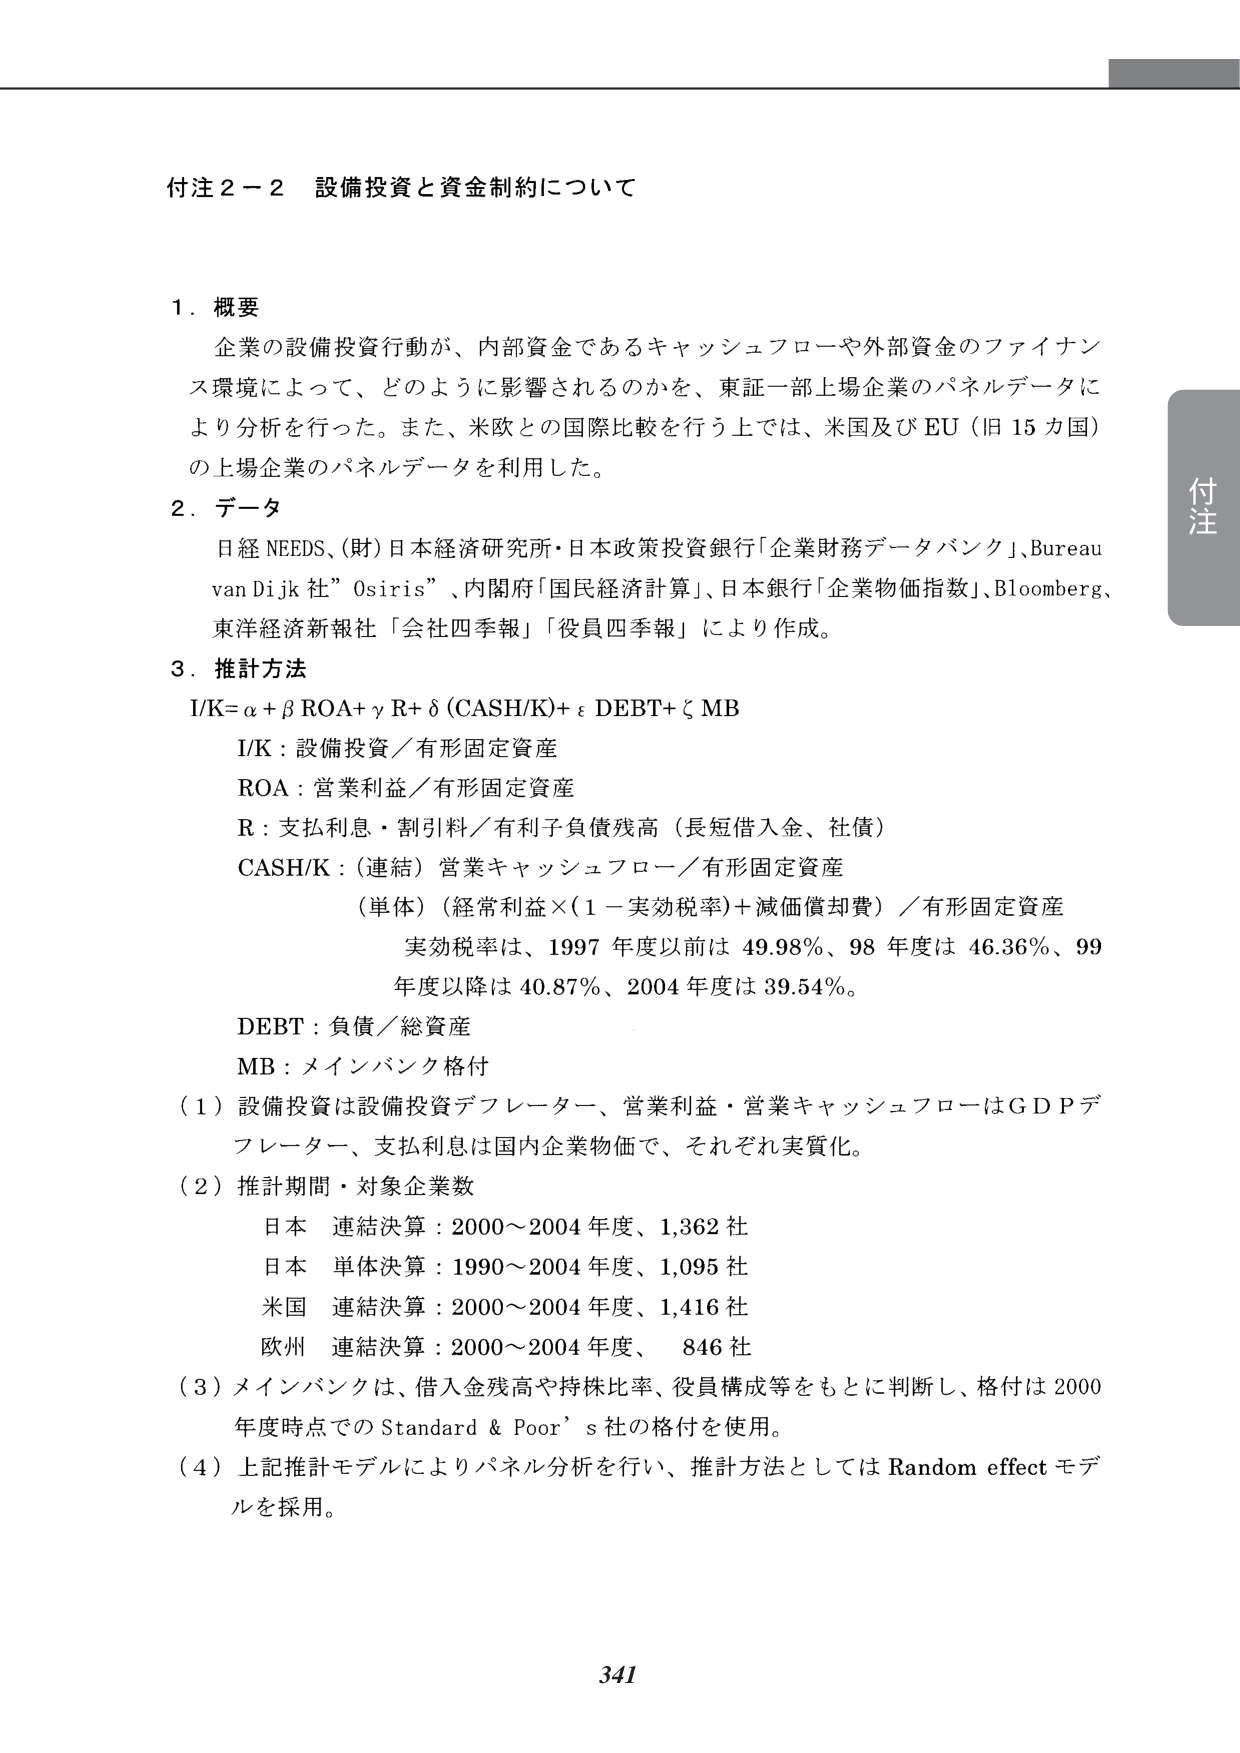
付注２－２ 設備投資と資金制約について

１．概要
企業の設備投資行動が、内部資金であるキャッシュフローや外部資金のファイナンス環境によって、どのように影響されるのかを、東証一部上場企業のパネルデータにより分析を行った。また、米欧との国際比較を行う上では、米国及び EU（旧 15 国）の上場企業のパネルデータを利用した。

２．データ
日経 NEEDS、（財）日本経済研究所・日本政策投資銀行「企業財務データバンク」、Bureau van Dijk 社” Osiris” 、内閣府「国民経済計算」、日本銀行「企業物価指数」、Bloomberg、東洋経済新報社「会社四季報」「役員四季報」により作成。

３．推計方法
I/K=α + β ROA+ γ R+ δ (CASH/K)+ ε DEBT+ ζ MB
I/K：設備投資／有形固定資産
ROA：営業利益／有形固定資産
R：支払利息・割引料／有利子負債残高（長短借入金、社債）
CASH/K：（連結）営業キャッシュフロー／有形固定資産
（単体）（経常利益×(1－実効税率)＋減価償却費）／有形固定資産
実効税率は、1997 年度以前は 49.98％、98 年度は 46.36％、99 年度以降は 40.87％、2004 年度は 39.54％。
DEBT：負債／総資産
MB：メインバンク格付

（１）設備投資は設備投資デフレーター、営業利益・営業キャッシュフローはＧＤＰデフレーター、支払利息は国内企業物価で、それぞれ実質化。

（２）推計期間・対象企業数
日本 連結決算：2000～2004 年度、1,362 社
日本 単体決算：1990～2004 年度、1,095 社
米国 連結決算：2000～2004 年度、1,416 社
欧州 連結決算：2000～2004 年度、 846 社

（３）メインバンクは、借入金残高や持株比率、役員構成等をもとに判断し、格付は 2000 年度時点での Standard & Poor’s 社の格付を使用。

（４）上記推計モデルによりパネル分析を行い、推計方法としては Random effect モデルを採用。

341

付注